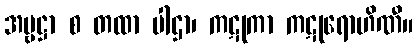
အမ္ဗဋ္ဌာ စ တထာ ပါဌာ၊ ကဋုကာ ကဋုရောဟိဏီ။